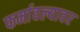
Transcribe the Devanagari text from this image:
फर्मावल्यावर